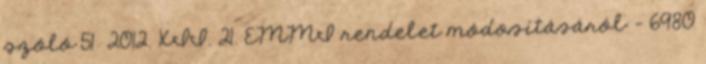
szóló 51 2012. XII. 21. EMMI rendelet módosításáról – 6980